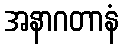
အနာဂတာနံ